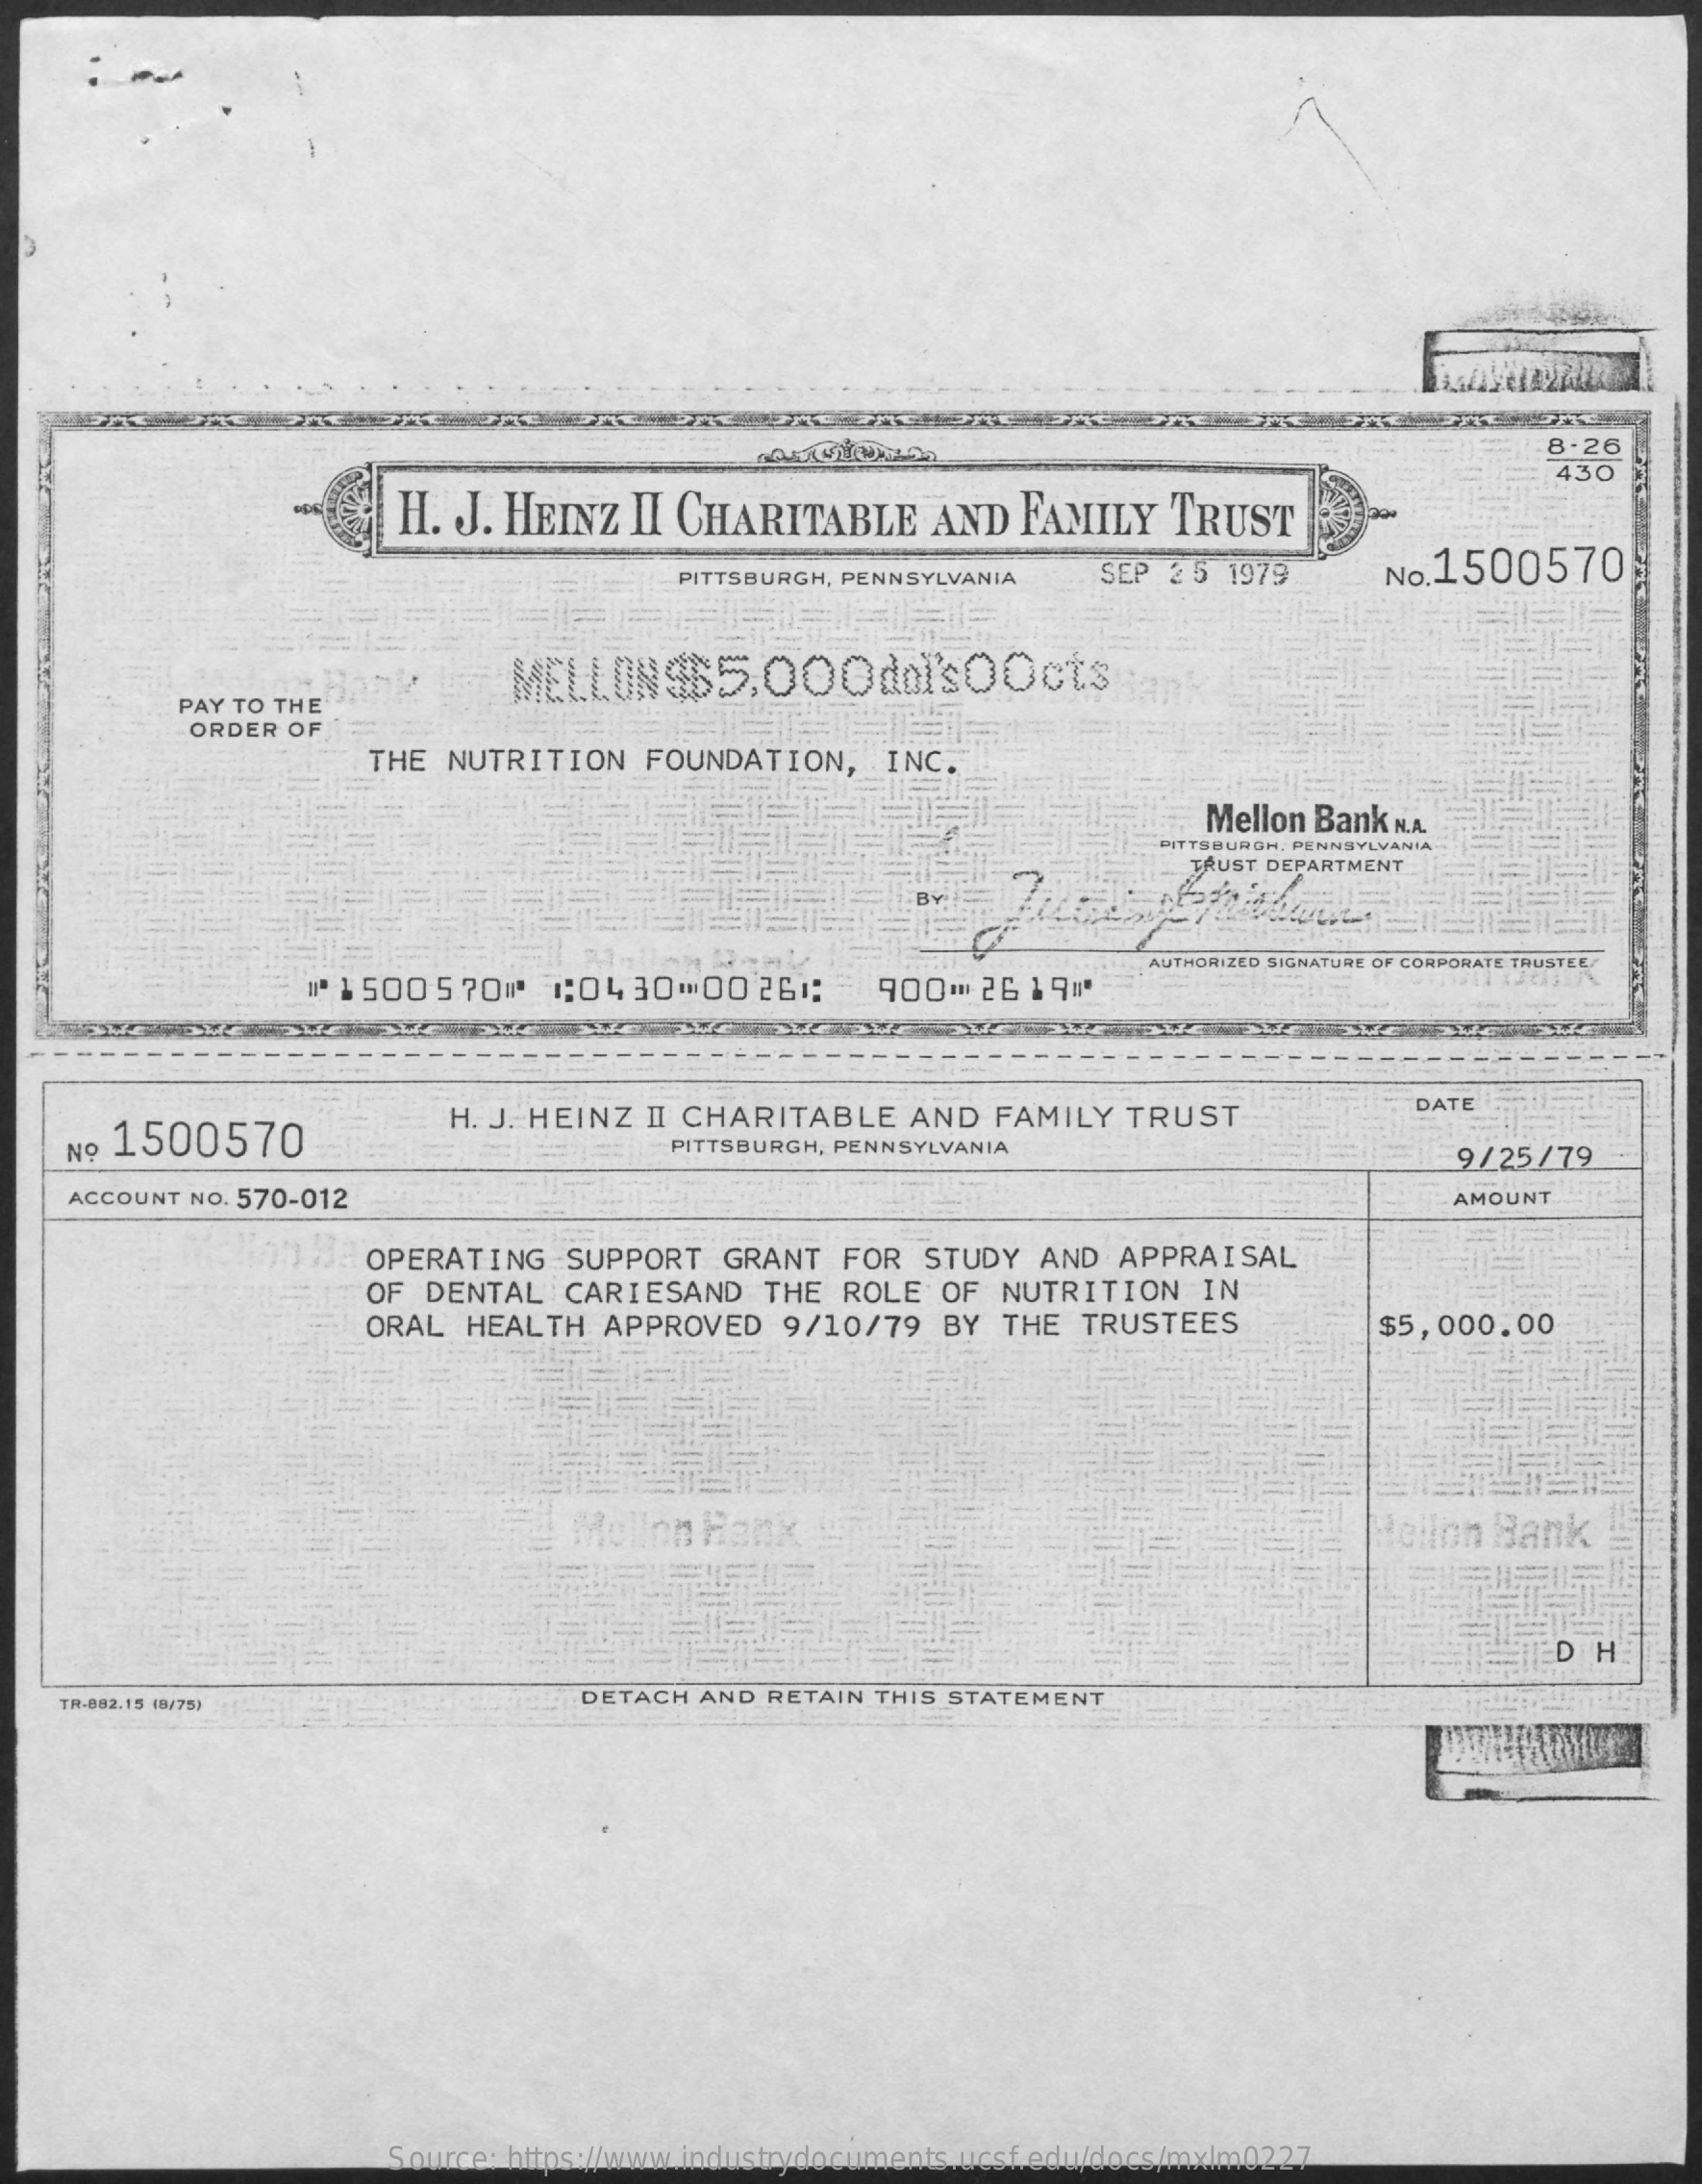
8.26
     430
     H. J. HEINZ   II CHARITABLE    AND  FAMILY    TRUST
     PITTSBURGH, PENNSYLVANIA    SEP 25 1979    No.1500570
     PAY TO THE
     ORDER OF
     THE NUTRITION    FOUNDATION,    INC.
     Mellon Bank N.A.
     PITTSBURGH, PENNSYLVANIA
     TRUST DEPARTMENT
     "ª 1 500 570"0 1:04 30   00261:    900=   26 1911
     AUTHORIZED SIGNATURE OF CORPORATE TRUSTEE
     ---    ----
     No 1500570
     H. J. HEINZ II CHARITABLE    AND   FAMILY  TRUST
     DATE
     PITTSBURGH, PENNSYLVANIA    9/25/79
     ACCOUNT NO. 570-012    AMOUNT
     OPERATING    SUPPORT   GRANT   FOR  STUDY  AND  APPRAISAL
     OF DENTAL   CARIESAND    THE  ROLE  OF  NUTRITION    IN
     ORAL  HEALTH  APPROVED    9/10/79   BY  THE  TRUSTEES    $5,000.00
     Mollon  Rank    dellon Bank
     D H
    TR-882.15 (8/75)    DETACH  AND RETAIN THIS STATEMENT
     Source: https://www.industrydocuments.ucsf.edu/docs/mxlm0227